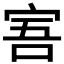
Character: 𡨂